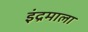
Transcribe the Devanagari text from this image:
इंद्रमाला